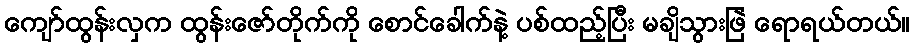
ကျော်ထွန်းလှက ထွန်းဇော်တိုက်ကို စောင်ခေါက်နဲ့ ပစ်ထည့်ပြီး မချိသွားဖြဲ ရောရယ်တယ်။